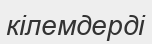
кілемдерді